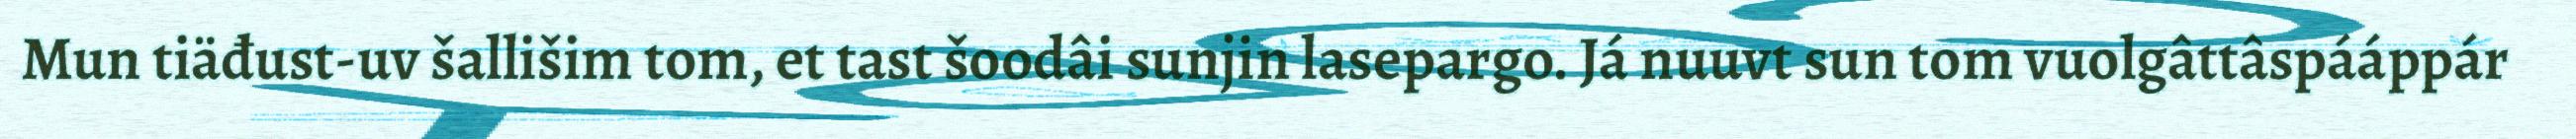
Mun tiäđust-uv šallišim tom, et tast šoodâi sunjin lasepargo. Já nuuvt sun tom vuolgâttâspááppár